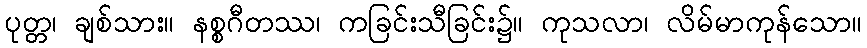
ပုတ္တ၊ ချစ်သား။ နစ္စဂီတဿ၊ ကခြင်းသီခြင်း၌။ ကုသလာ၊ လိမ်မာကုန်သော။